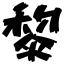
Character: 黎